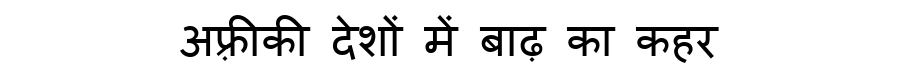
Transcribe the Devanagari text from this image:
अफ़्रीकी देशों में बाढ़ का कहर